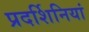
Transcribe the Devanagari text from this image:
प्रदर्शिनियां